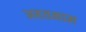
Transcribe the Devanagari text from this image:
अहतमाम